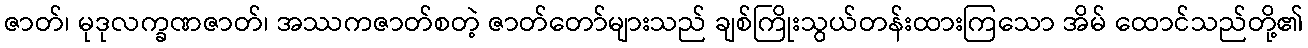
ဇာတ်၊ မုဒုလက္ခဏဇာတ်၊ အဿကဇာတ်စတဲ့ ဇာတ်တော်များသည် ချစ်ကြိုးသွယ်တန်းထားကြသော အိမ် ထောင်သည်တို့၏